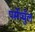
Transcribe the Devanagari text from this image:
पर्सेप्चुँल